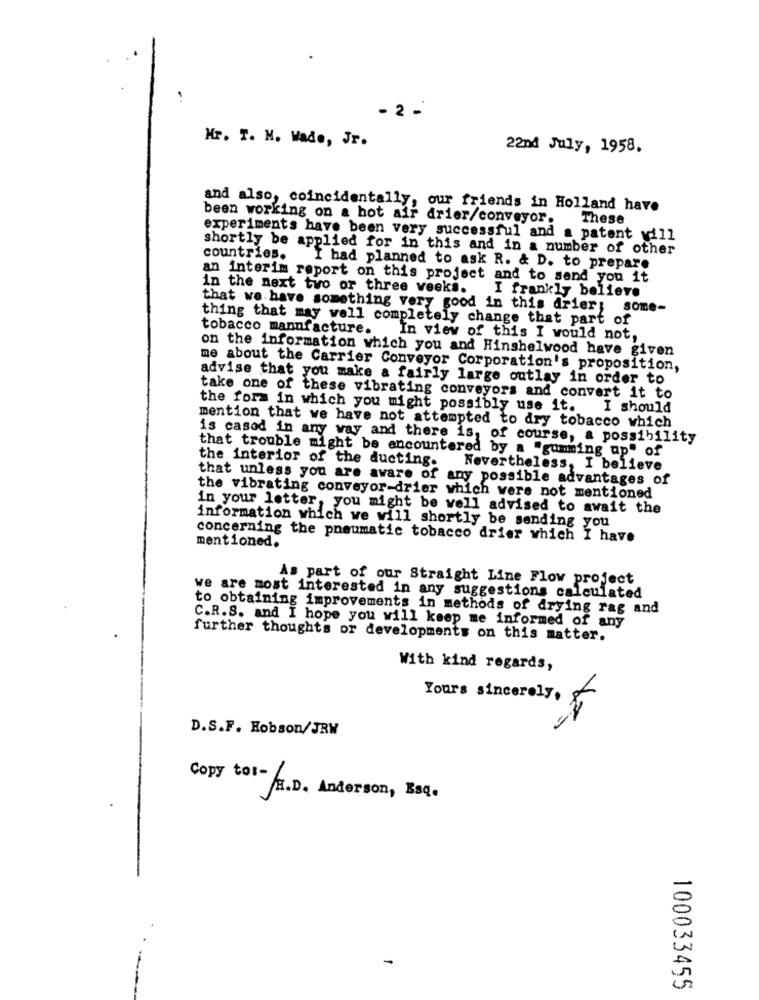
- 2 -
Mr. T. M. Wade, Jr.
22nd July, 1958.
and also, coincidentally, our friends in Holland have
been working on a hot air drier/conveyor.
These
experiments have been very successful and a patent will
shortly be applied for in this and in a number of other
countries.
I had planned to ask R. & D. to prepare
an interim report on this project and to send you it
in the next two or three weeks.
I frankly believe
that we have something very good in this drier; some-
thing that may well completely change that part of
tobacco manufacture.
In view of this I would not,
on the information which you and Hinshelwood have given
me about the Carrier Conveyor Corporation's proposition,
advise that you make a fairly large outlay in order to
take one of these vibrating conveyors and convert it to
the form in which you might possibly use it.
I should
mention that we have not attempted to dry tobacco which
is casod in any way and there is, of course, a possibility
that trouble might be encountered by a "gumming ap" of
the interior of the ducting.
Nevertheless, I believe
that unless you are aware of any possible advantages of
the vibrating conveyor-drier which were not mentioned
in your letter, you might be well advised to avait the
information which we will shortly be sending you
concerning the pneumatic tobacco drier which I have
mentioned.
As part of our Straight Line Flow project
we are most interested in any suggestions calculated
to obtaining improvements in methods of drying rag and
C.R.S. and I hope you will keep me informed of any
further thoughts or developments on this matter.
With kind regards,
Yours sincerely.
D.S.F. Robson/JRW
Copy tot-
H.D. Anderson, Esq.
100033455